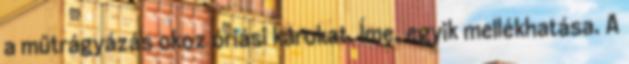
a műtrágyázás okoz óriási károkat. Íme, egyik mellékhatása. A